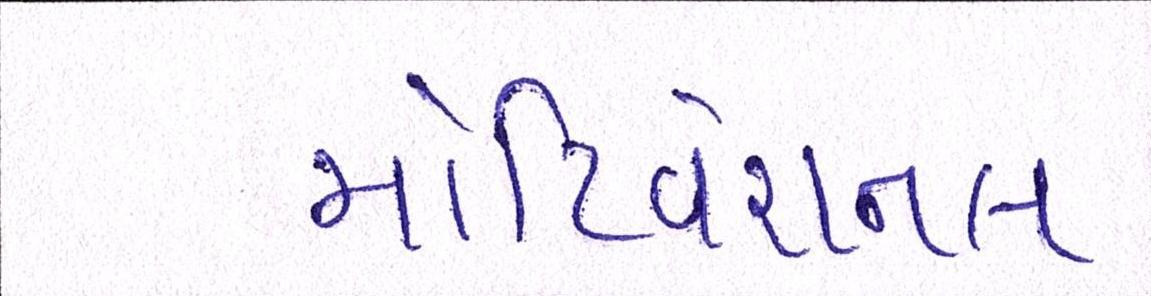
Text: મોટિવેશનલ